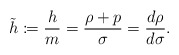
\begin{align*} \tilde{h}\coloneqq\frac{h}{m}=\frac{\rho+p}{\sigma}=\frac{d\rho}{d\sigma}.\end{align*}